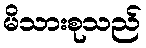
မိသားစုသည်